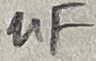
Text: µF